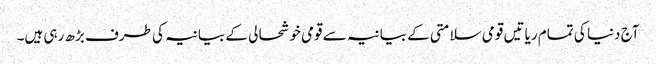
آج دنیا کی تمام ریا تیں قومی سلامتی کے بیانیہ سے قومی خوشحا لی کے بیانیہ کی طرف بڑھ رہی ہیں۔